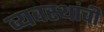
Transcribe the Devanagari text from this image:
व्यवस्थांची